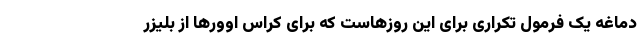
دماغه یک فرمول تکراری برای این روزهاست که برای کراس اوورها از بلیزر